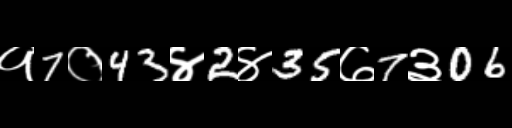
Text: १7०43४2४35७7३06